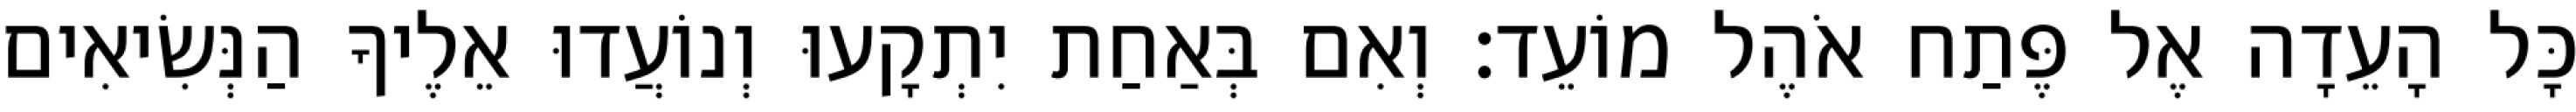
כָּל הָעֵדָה אֶל פֶּתַח אֹהֶל מוֹעֵד׃ וְאִם בְּאַחַת יִתְקָעוּ וְנוֹעֲדוּ אֵלֶיךָ הַנְּשִׂיאִים